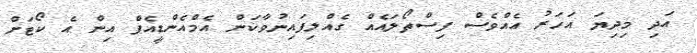
އަދި މިދިޔަ އަހަރު އެއްވެސް ފިސްތޯލައެއް ގެއްލިފައިނުވާކަން އެމްއެންޑީއެފް އިން އެ ކޯޓަށް